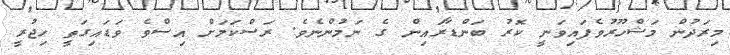
މިރަދުން މަޝްހޫރުވެފައިވަނީ ކޮރު ބަންޑާރައިން ގެ ނަމުންނެވެ. ރަސްކަމަށް އިސްވެ ވަޑައިގަތީ ހިޖުރީ